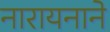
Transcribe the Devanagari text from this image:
नारायनाने